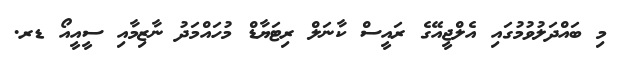
މި ބައްދަލުވުމުގައި އެލްޖީއޭގެ ރައީސް ކާނަލް ރިޓަޔާޑް މުހައްމަދު ނާޒިމާއި ސީއީއޯ ޑރ.